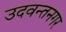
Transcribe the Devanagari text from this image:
उदवन्तनगर